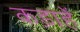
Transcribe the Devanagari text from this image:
कड़ाहें